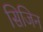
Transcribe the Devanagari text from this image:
सिजिन